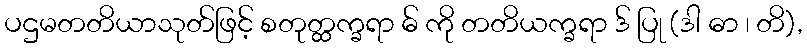
ပဌမတတိယာသုတ်ဖြင့် စတုတ္ထက္ခရာ ဓ် ကို တတိယက္ခရာ ဒ် ပြု (ဒါ ဓာ ၊ တိ),